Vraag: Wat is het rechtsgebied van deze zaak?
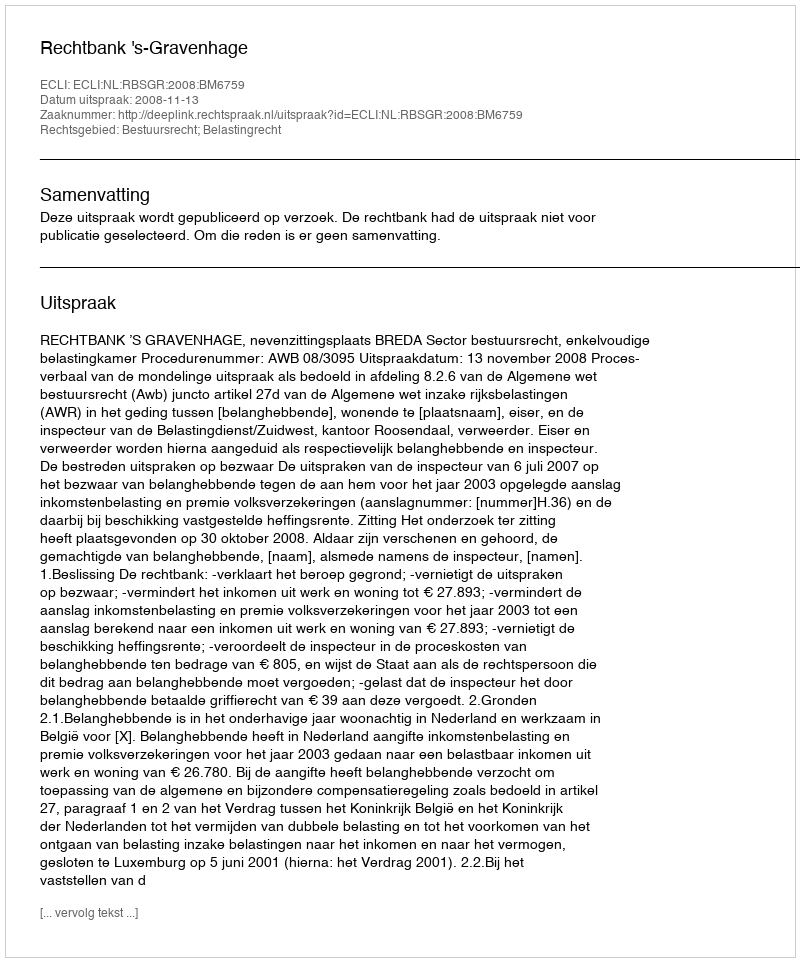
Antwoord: Bestuursrecht; Belastingrecht